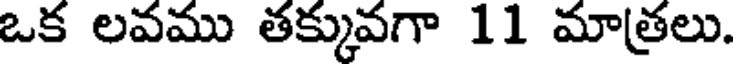
ఒక లవము తక్కువగా 11 మాత్రలు.